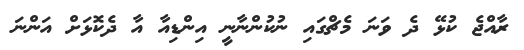
ރާއްޖެ ކުޅޭ ދެ ވަނަ މެޗްގައި ނުކުންނާނީ އިންޑިއާ އާ ދެކޮޅަށް އަންނަ